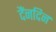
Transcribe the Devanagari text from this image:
दैंनदिन